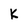
Character: K